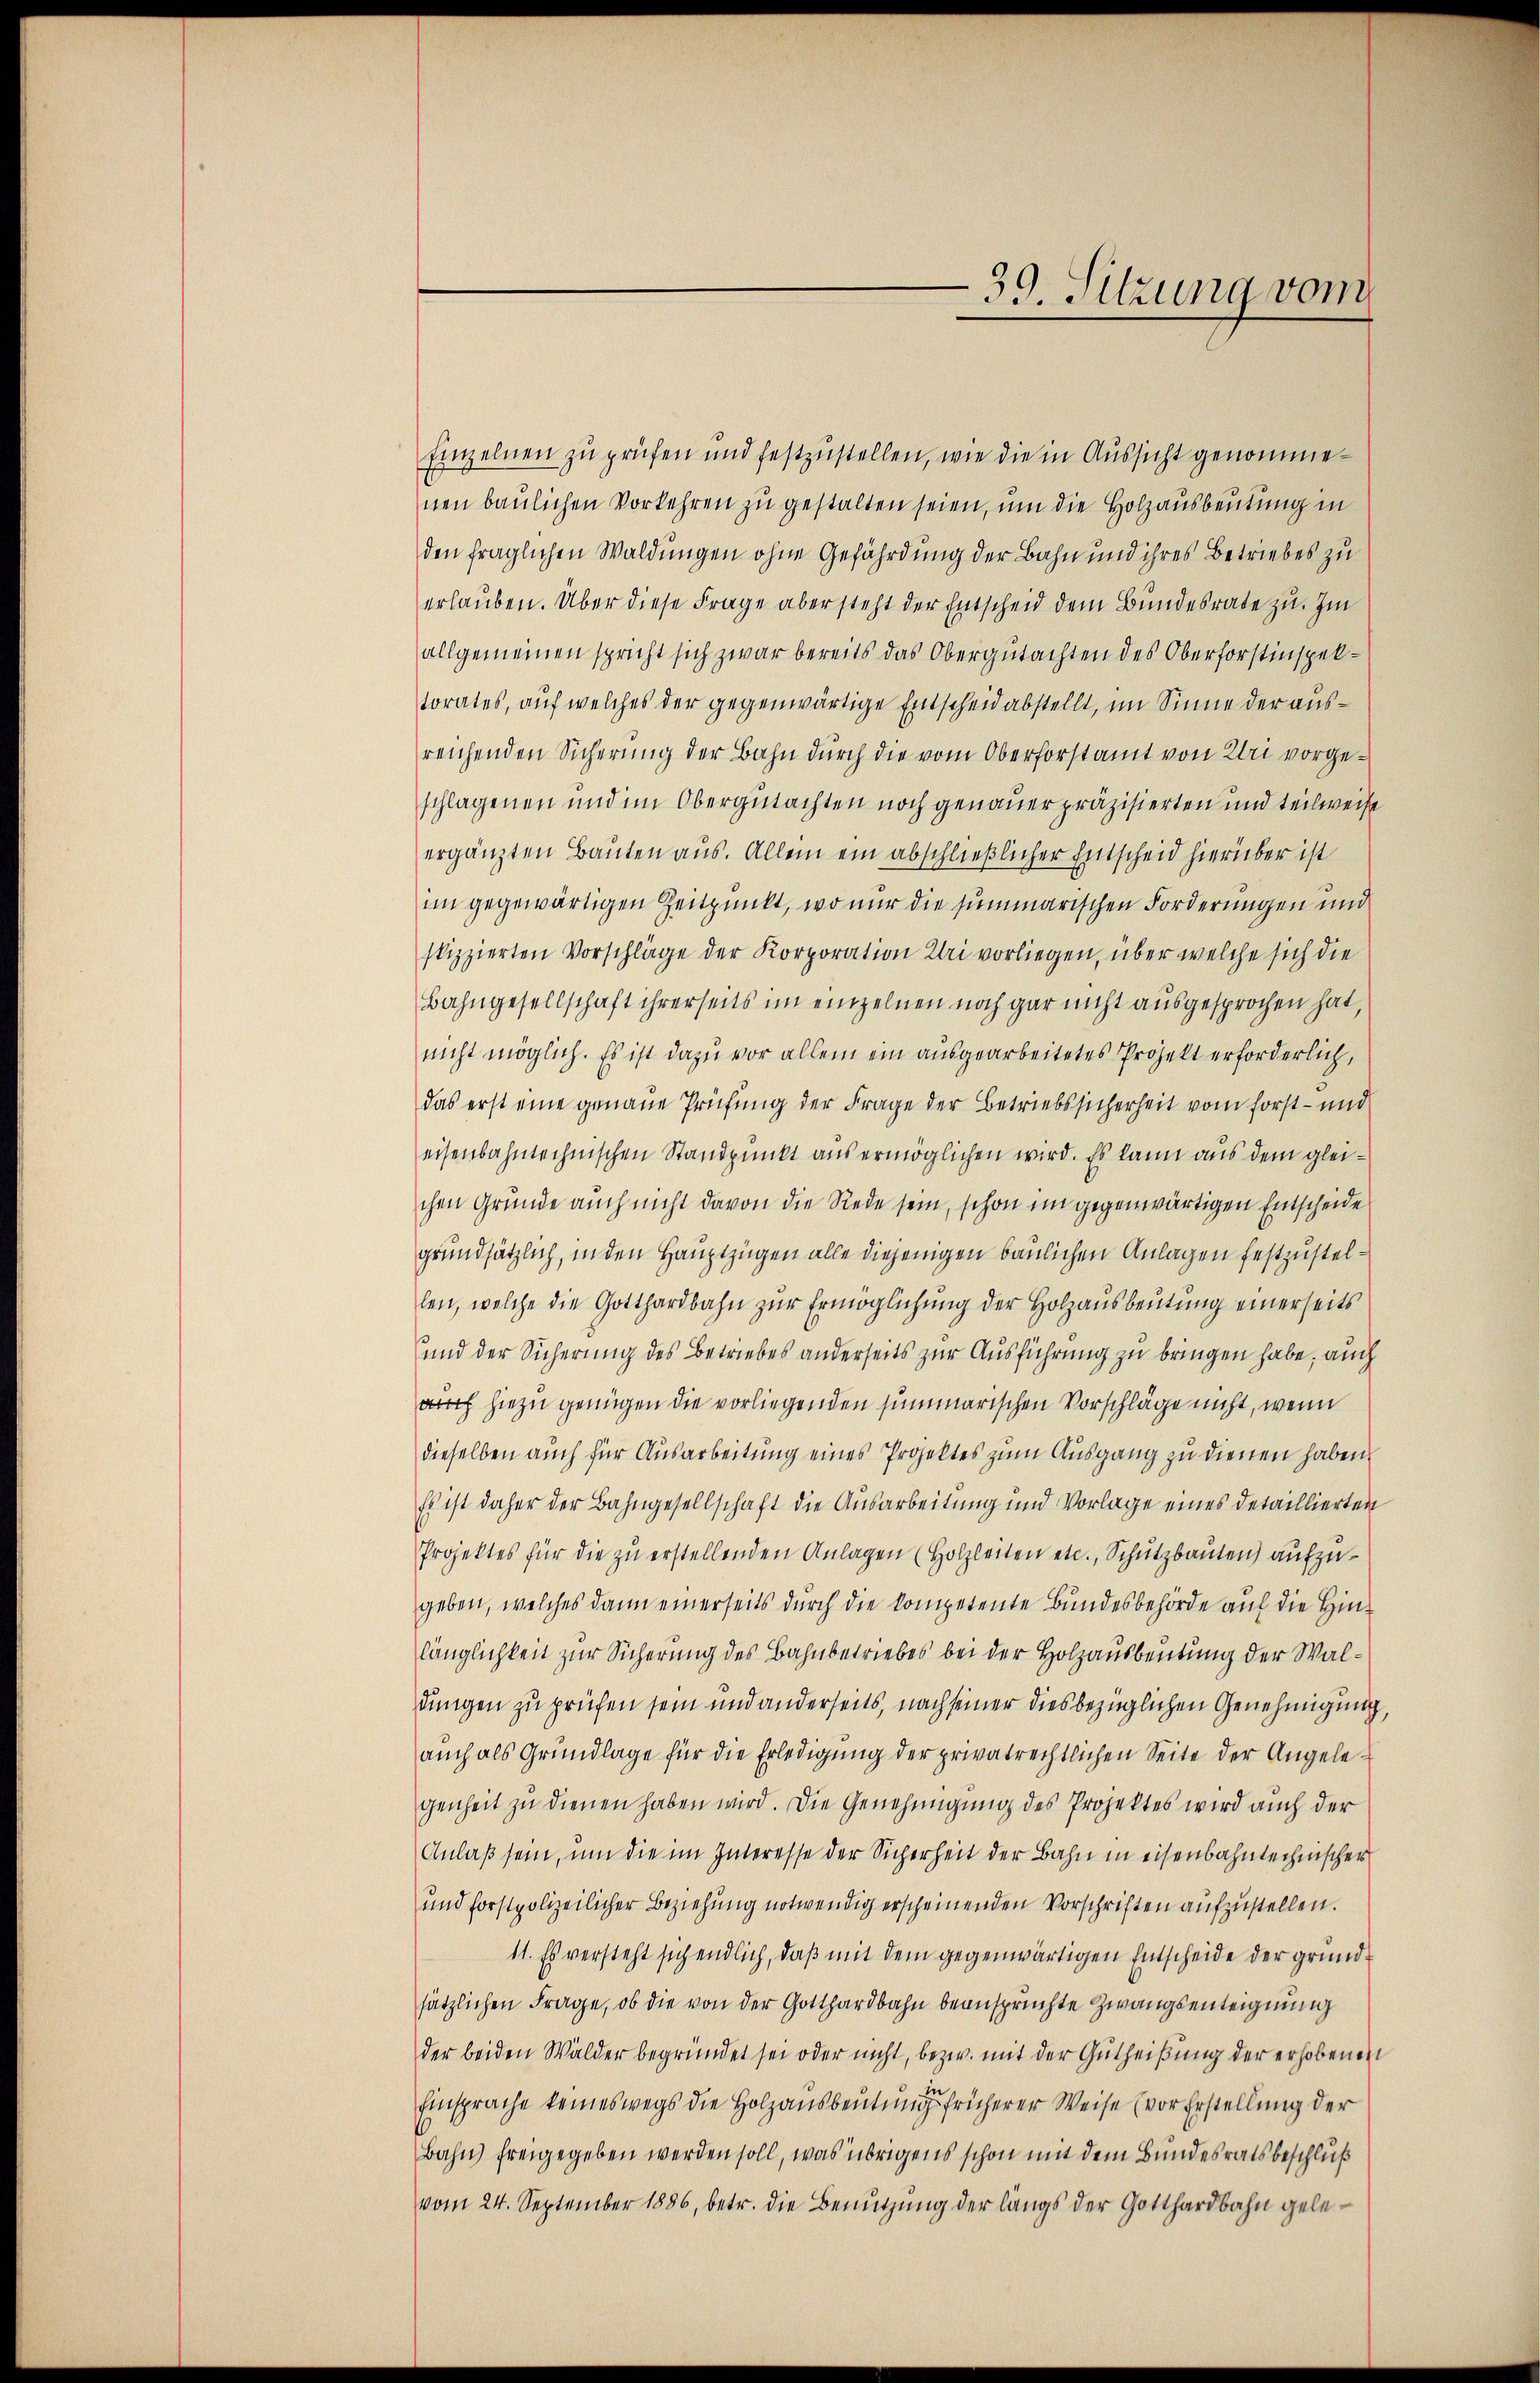
39. Sitzung vom

Einzelnen zu prüfen und festzustellen, wie die in Aussicht genommenen baulichen Vorkehren zu gestalten seien, um die Holzausbeutung in
den fraglichen Waldungen ohne Gefährdung der Bahn und ihres Betriebes zu
erlauben. Über diese Frage aber steht der Entscheid dem Bundesrate zu. Im
allgemeinen spricht sich zwar bereits das Obergutachten des Oberforstinspektorates, auf welches der gegenwärtige Entscheid abstellt, im Sinne der ausreichenden Sicherung der Bahn durch die vom Oberforstamt von Uri vorgeschlagenen und im Obergutachten noch genauer präzisierten und teilweise
ergänzten Bauten aus. Allein ein abschließlicher Entscheid hierüber ist
im gegewärtigen Zeitpunkt, wo nur die summarischen Forderungen und
skizzierten Vorschläge der Korporation Uri vorliegen, über welche sich die
Bahngesellschaft ihrerseits im einzelnen noch gar nicht ausgesprochen hat,
nicht möglich. Es ist dazu vor allem ein ausgearbeitetes Projekt erforderlich,
das erst eine genaue Prüfung der Frage der Betriebssicherheit vom forst- und
eisenbahntechnischen Standpunkt aus ermöglichen wird. Es kann aus dem gleichen Grunde auch nicht davon die Rede sein, schon im gegenwärtigen Entscheide
grundsätzlich, in den Hauptzügen alle diejenigen baulichen Anlagen festzustellen, welche die Gotthardbahn zŭr Ermöglichung der Holzausbeutung einerseits
und der Sicherung des Betriebes anderseits zur Ausführung zu bringen habe; auch
auch hiezu genügen die vorliegenden summarischen Vorschläge nicht, wenn
dieselben auch für Ausarbeitung eines Projektes zum Ausgang zu dienen haben.
Es ist daher der Bahngesellschaft die Ausarbeitung und Vorlage eines detaillierten
Projektes für die zŭ erstellenden Anlagen (Holzleiten etc., Schutzbauten) aufzugeben, welches dann einerseits durch die kompetente Bundesbehörde auf die Hinlänglichkeit zur Sicherung des Bahnbetriebes bei der Holzausbeutung der Waldungen zu prüfen sein und anderseits, nach seiner diesbezüglichen Genehmigung
auch als Grundlage für die Erledigung der privatrechtlichen Seite der Angelegenheit zu dienen haben wird. Die Genehmigung des Projektes wird auch der
Anlaβ sein, um die im Interesse der Sicherheit der Bahn in eisenbahntechnischer
und forstpolizeilicher Beziehung notwendig erscheinenden Vorschriften aufzustellen.
11. Es versteht sich endlich, daß mit dem gegenwärtigen Entscheide der grundsätzlichen Frage, ob die von der Gotthardbahn beansprüchte Zwangsenteignung
der beiden Wälder begründet sei oder nicht, bezw. mit der Gutheißung der erhobenen
Einsprache keineswegs die Holzausbeutung früherer Weise (vor Erstellung der
Bahn freigegeben werden soll, was übrigens schon mit dem Bundesratsbeschluß
vom 24. September 1886, betr. die Benutzung der längs der Gotthardbahn gele¬